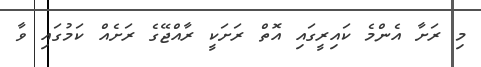
މި ރަށާ އެންމެ ކައިރީގައި އޮތް ރަށަކީ ރާއްޖޭގެ ރަށެއް ކަމުގައި ވާ